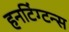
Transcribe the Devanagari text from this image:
हनटिंग्टन्स